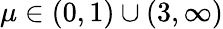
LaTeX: \mu\in(0,1)\cup(3,\infty)